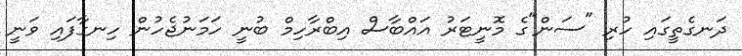
ދަނގެތީގައި ހުރި "ސަން"ގެ މޮނީޓަރު އައްބާސް އިބްރާހިމް ބުނީ ހަމަނުޖެހުން ހިނގާފައި ވަނީ